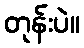
တုန်းပဲ။